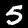
Digit: 5